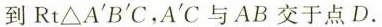
到Rt△A^{'}B^{'}C，A^{'}C与AB交于点D。